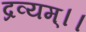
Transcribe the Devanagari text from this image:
द्रव्यम्।।